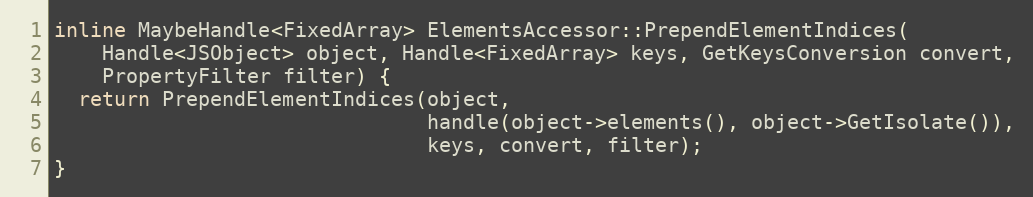
Language: C
inline MaybeHandle<FixedArray> ElementsAccessor::PrependElementIndices(
    Handle<JSObject> object, Handle<FixedArray> keys, GetKeysConversion convert,
    PropertyFilter filter) {
  return PrependElementIndices(object,
                               handle(object->elements(), object->GetIsolate()),
                               keys, convert, filter);
}